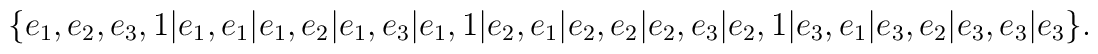
\{e_1,e_2,e_3,1|e_1,e_1|e_1,e_2|e_1,e_3|e_1,1|e_2,e_1|e_2,e_2|e_2,e_3|e_2,1|e_3,e_1|e_3,e_2|e_3,e_3|e_3\}.